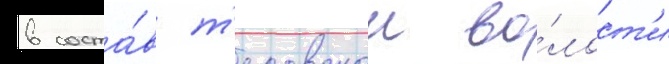
в соста́в т'есовскои во́лост'и